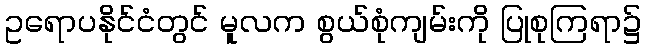
ဥရောပနိုင်ငံတွင် မူလက စွယ်စုံကျမ်းကို ပြုစုကြရာ၌